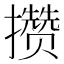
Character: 攒